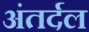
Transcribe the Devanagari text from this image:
अंतर्दल